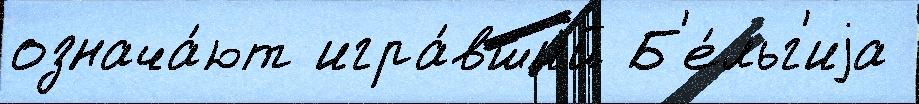
означа́ют игра́вший Б'е́льг'иjа